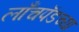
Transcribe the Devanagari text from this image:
लाँचपॅडच्या